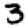
Digit: 3